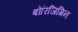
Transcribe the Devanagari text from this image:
बोरिजिगिन